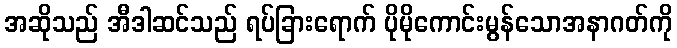
အဆိုသည် အီဒါဆင်သည် ရပ်ခြားရောက် ပိုမိုကောင်းမွန်သောအနာဂတ်ကို